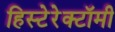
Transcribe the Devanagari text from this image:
हिस्टेरेक्टॉमी